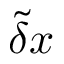
\tilde { \delta } \boldsymbol { x }